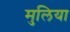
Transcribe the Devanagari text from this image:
मुलिया